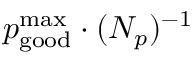
p _ { \mathrm { g o o d } } ^ { \mathrm { m a x } } \cdot ( N _ { p } ) ^ { - 1 }